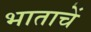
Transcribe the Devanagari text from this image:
भाताचें